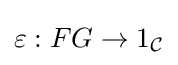
\varepsilon :FG\to 1_{\mathcal {C}}